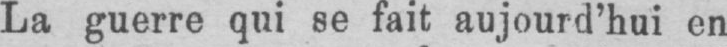
La guerre qui se fait aujourd’hui en